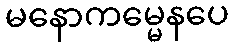
မနောကမ္မေနပေ